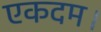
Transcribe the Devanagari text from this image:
एकदम।